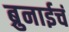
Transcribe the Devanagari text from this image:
ब्रुनाईचं